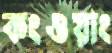
কংওয়াং